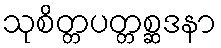
သုစိတ္တပတ္တစ္ဆဒနာ